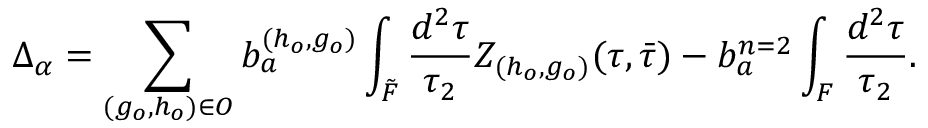
\Delta _ { \alpha } = \sum _ { ( g _ { o } , h _ { o } ) \in { \cal O } } b _ { a } ^ { ( h _ { o } , g _ { o } ) } \int _ { \tilde { \cal F } } \frac { d ^ { 2 } \tau } { \tau _ { 2 } } Z _ { ( h _ { o } , g _ { o } ) } ( \tau , { \bar { \tau } } ) - b _ { a } ^ { n = 2 } \int _ { \cal F } \frac { d ^ { 2 } \tau } { \tau _ { 2 } } .